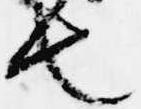
也